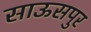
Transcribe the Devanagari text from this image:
साऊसपुर